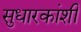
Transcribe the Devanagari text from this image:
सुधारकांशी